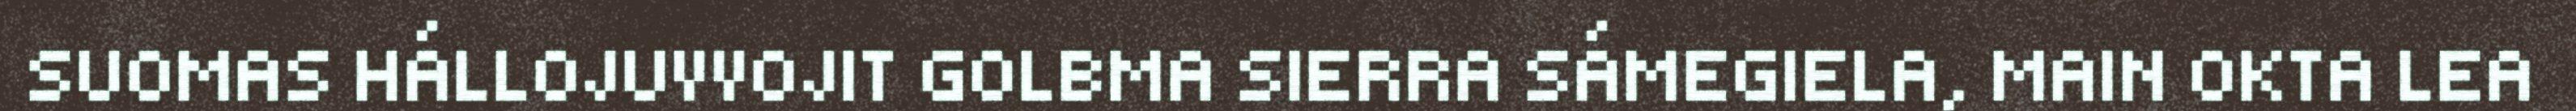
SUOMAS HÁLLOJUVVOJIT GOLBMA SIERRA SÁMEGIELA, MAIN OKTA LEA